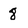
Character: 8